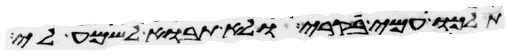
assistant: תלכו עמי קרי ולא תבאו לשמע לי